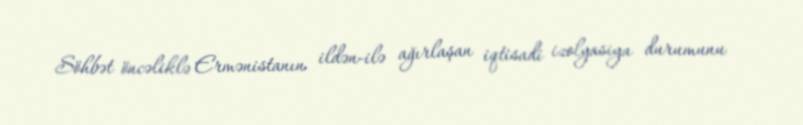
Söhbət öncəliklə Ermənistanın ildən-ilə ağırlaşan iqtisadi izolyasiya durumunu